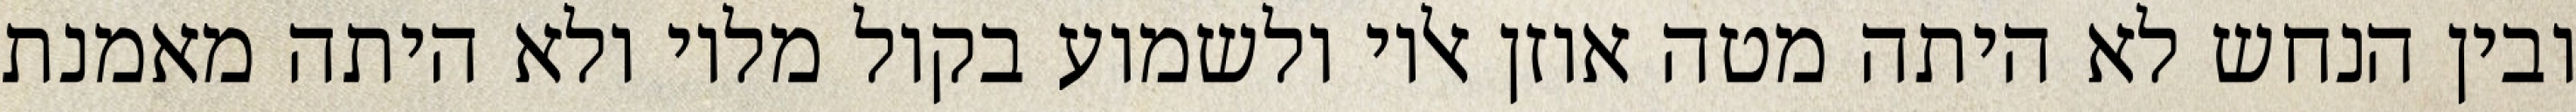
ובין הנחש לא היתה מטה אוזן אליו ולשמוע בקול מליו ולא היתה מאמנת